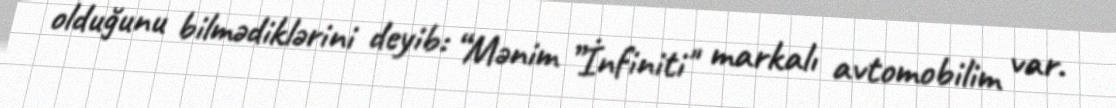
olduğunu bilmədiklərini deyib: “Mənim ”İnfiniti" markalı avtomobilim var.